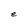
Character: e